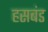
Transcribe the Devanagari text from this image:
हसबंड